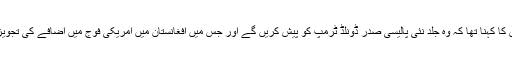
جیمس میٹس کا کہنا تھا کہ وہ جلد نئی پالیسی صدر ڈونلڈ ٹرمپ کو پیش کریں گے اور جس میں افغانستان میں امریکی فوج میں اضافے کی تجویز بھی ہوگی۔